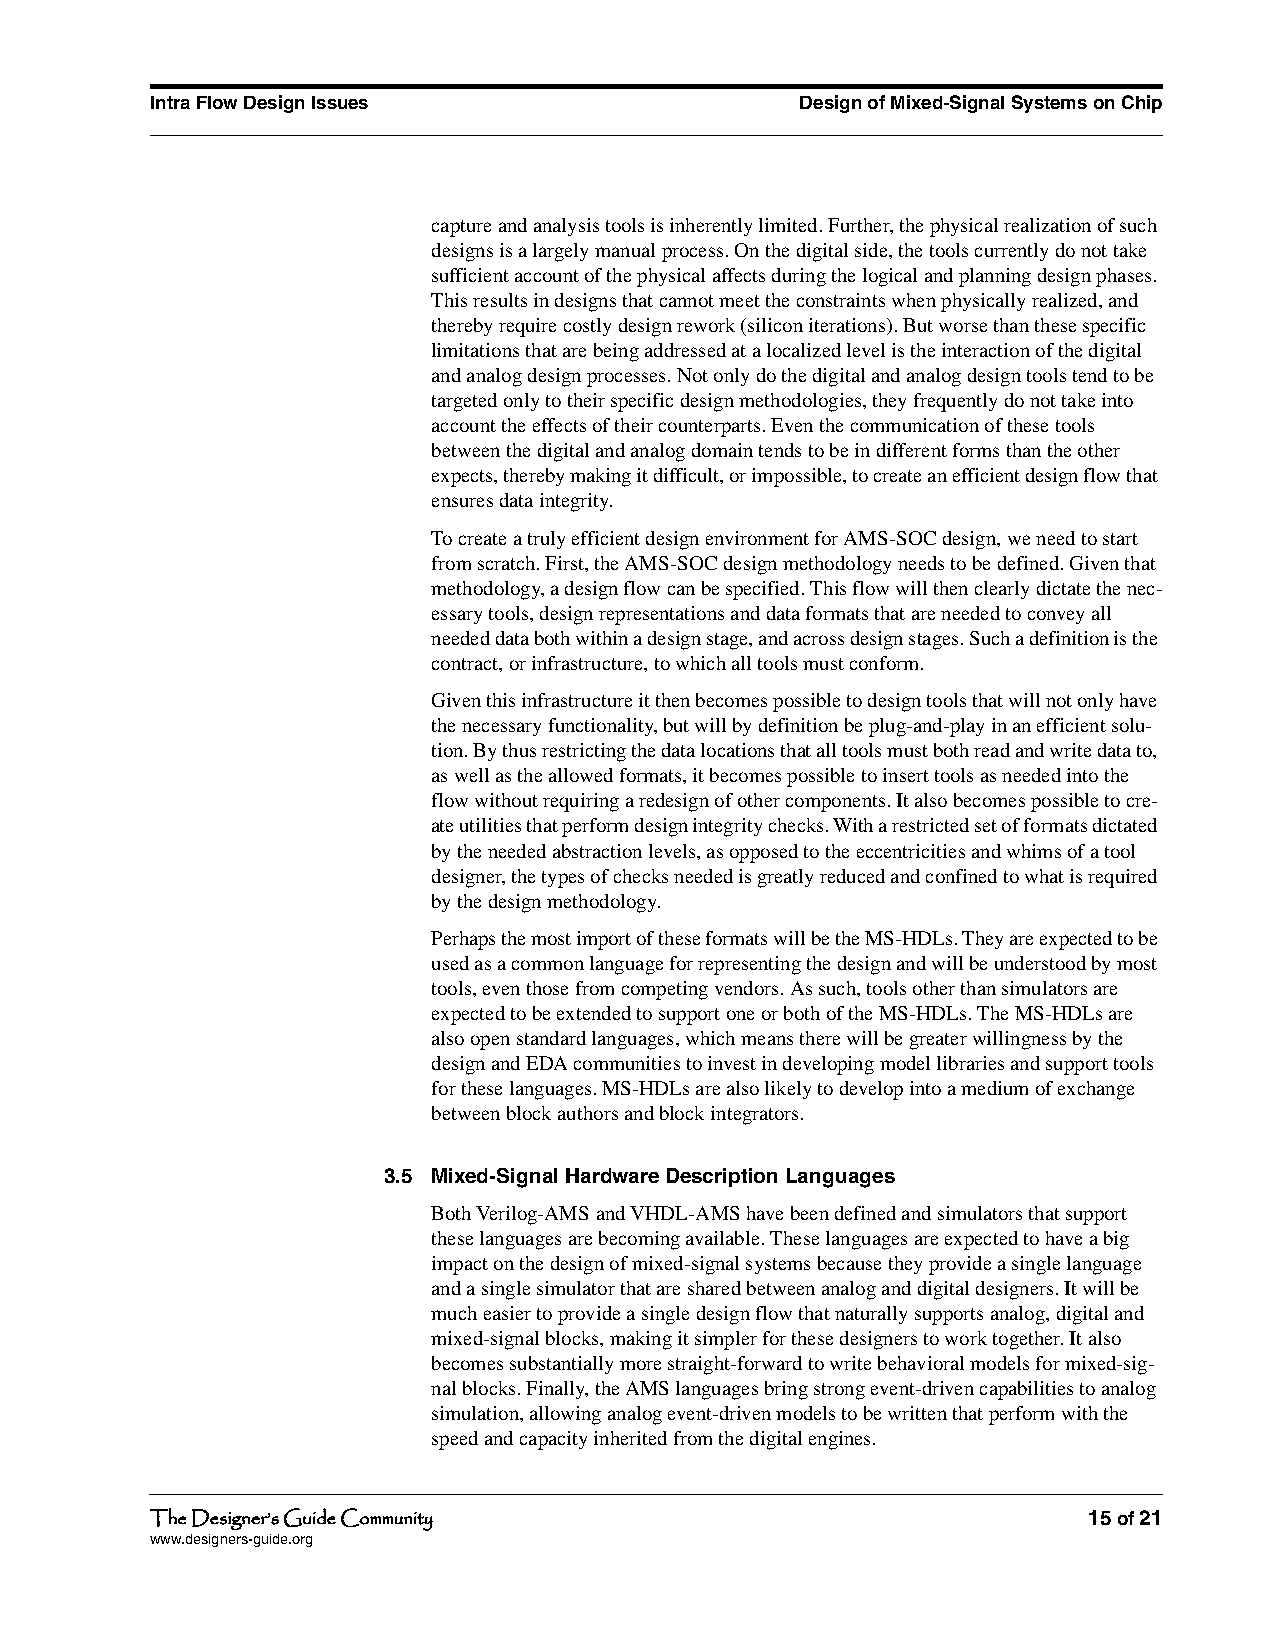
Intra Flow Design Issues                   Design of Mixed-Signal Systems on Chip
 capture and analysis tools is inherently limited. Further, the physical realization of such
 designs is a largely manual process. On the digital side, the tools currently do not take
 sufficient account of the physical affects during the logical and planning design phases.
 This results in designs that cannot meet the constraints when physically realized, and
 thereby require costly design rework (silicon iterations). But worse than these specific
 limitations that are being addressed at a localized level is the interaction of the digital
 and analog design processes. Not only do the digital and analog design tools tend to be
 targeted only to their specific design methodologies, they frequently do not take into
 account the effects of their counterparts. Even the communication of these tools
 between the digital and analog domain tends to be in different forms than the other
 expects, thereby making it difficult, or impossible, to create an efficient design flow that
 ensures data integrity.
 To create a truly efficient design environment for AMS-SOC design, we need to start
 from scratch. First, the AMS-SOC design methodology needs to be defined. Given that
 methodology, a design flow can be specified. This flow will then clearly dictate the nec-
 essary tools, design representations and data formats that are needed to convey all
 needed data both within a design stage, and across design stages. Such a definition is the
 contract, or infrastructure, to which all tools must conform.
 Given this infrastructure it then becomes possible to design tools that will not only have
 the necessary functionality, but will by definition be plug-and-play in an efficient solu-
 tion. By thus restricting the data locations that all tools must both read and write data to,
 as well as the allowed formats, it becomes possible to insert tools as needed into the
 flow without requiring a redesign of other components. It also becomes possible to cre-
 ate utilities that perform design integrity checks. With a restricted set of formats dictated
 by the needed abstraction levels, as opposed to the eccentricities and whims of a tool
 designer, the types of checks needed is greatly reduced and confined to what is required
 by the design methodology.
 Perhaps the most import of these formats will be the MS-HDLs. They are expected to be
 used as a common language for representing the design and will be understood by most
 tools, even those from competing vendors. As such, tools other than simulators are
 expected to be extended to support one or both of the MS-HDLs. The MS-HDLs are
 also open standard languages, which means there will be greater willingness by the
 design and EDA communities to invest in developing model libraries and support tools
 for these languages. MS-HDLs are also likely to develop into a medium of exchange
 between block authors and block integrators.
 3.5 Mixed-Signal Hardware Description Languages
 Both Verilog-AMS and VHDL-AMS have been defined and simulators that support
 these languages are becoming available. These languages are expected to have a big
 impact on the design of mixed-signal systems because they provide a single language
 and a single simulator that are shared between analog and digital designers. It will be
 much easier to provide a single design flow that naturally supports analog, digital and
 mixed-signal blocks, making it simpler for these designers to work together. It also
 becomes substantially more straight-forward to write behavioral models for mixed-sig-
 nal blocks. Finally, the AMS languages bring strong event-driven capabilities to analog
 simulation, allowing analog event-driven models to be written that perform with the
 speed and capacity inherited from the digital engines.
 The Designer’s Guide Community                                15 of 21
 www.designers-guide.org